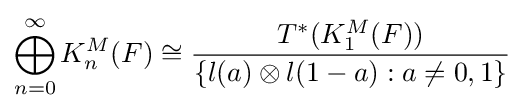
\bigoplus _{n=0}^{\infty }K_{n}^{M}(F)\cong {\frac {T^{*}(K_{1}^{M}(F))}{\{l(a)\otimes l(1-a):a\neq 0,1\}}}